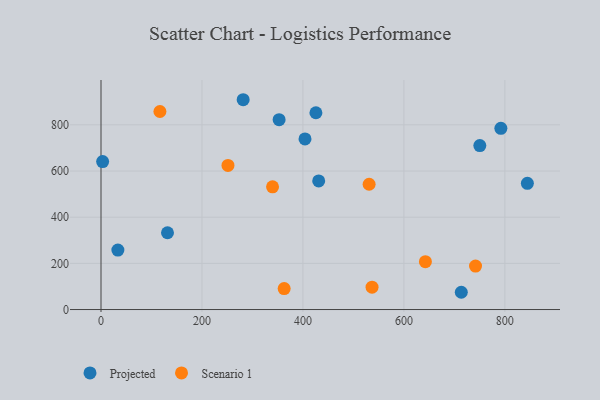
{"axis": {"x": "Price", "y": "Fuel Efficiency"}, "legend": ["Projected", "Scenario 1"], "data": [{"x": "844.6", "y": 546.8, "type": "Projected"}, {"x": "431.2", "y": 557.0, "type": "Projected"}, {"x": "425.7", "y": 852.4, "type": "Projected"}, {"x": "792.1", "y": 785.0, "type": "Projected"}, {"x": "131.7", "y": 332.7, "type": "Projected"}, {"x": "750.4", "y": 710.1, "type": "Projected"}, {"x": "281.6", "y": 908.8, "type": "Projected"}, {"x": "33.4", "y": 257.7, "type": "Projected"}, {"x": "404.1", "y": 739.0, "type": "Projected"}, {"x": "713.7", "y": 74.8, "type": "Projected"}, {"x": "3.2", "y": 641.1, "type": "Projected"}, {"x": "352.8", "y": 822.5, "type": "Projected"}, {"x": "339.8", "y": 531.5, "type": "Scenario 1"}, {"x": "531.1", "y": 542.8, "type": "Scenario 1"}, {"x": "116.7", "y": 857.8, "type": "Scenario 1"}, {"x": "251.5", "y": 624.4, "type": "Scenario 1"}, {"x": "642.6", "y": 207.5, "type": "Scenario 1"}, {"x": "362.8", "y": 91.0, "type": "Scenario 1"}, {"x": "741.9", "y": 188.1, "type": "Scenario 1"}, {"x": "536.9", "y": 97.0, "type": "Scenario 1"}]}